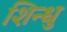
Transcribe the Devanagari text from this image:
शिन्धु